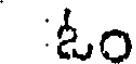
ఓం